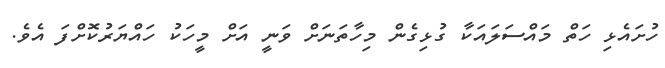
ހުށައެޅި ހަތް މައްސަލައަކާ ގުޅިގެން މިހާތަނަށް ވަނީ އަށް މީހަކު ހައްޔަރުކޮށްފަ އެވެ.